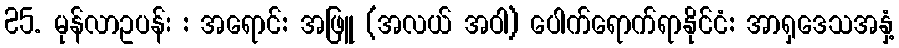
25. မုန်လာဥပန်း : အရောင်: အဖြူ (အလယ် အဝါ) ပေါက်ရောက်ရာနိုင်ငံ: အာရှဒေသအနှံ့